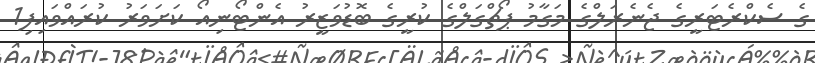
ގެ ސެކްރެޓަރީގެ ޖެނެރަލްގެ މަގާމު ޕޯޗްގަލްގެ ކުރީގެ ބޮޑުވަޒީރު އެންޓޯނިއޯ ކަށަވަރު ކުރައްވައިފި1